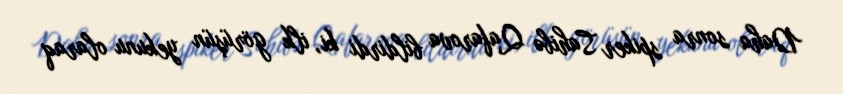
Daha sonra spiker Sahibə Qafarova bildirdi ki, ilk görüşün yekunu olaraq